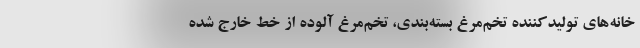
خانه‌های تولیدکننده تخم‌مرغ بسته‌بندی، تخم‌مرغ آلوده از خط خارج شده